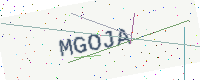
Text: MGOJA